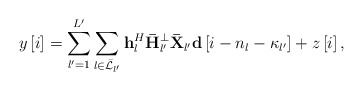
\begin{align*} y\left[ i \right] = \sum\limits_{l' = 1}^{L'} {\sum\limits_{l \in {{\bar {\cal L}}_{l'}}} {{\bf{h}}_l^H{\bf{\bar H}}_{l'}^ \bot {\bf{\bar X}}_{l'}{\bf{d}}\left[ {i - {n_l} - {\kappa _{l'}}} \right]} } + z\left[ i \right], \end{align*}